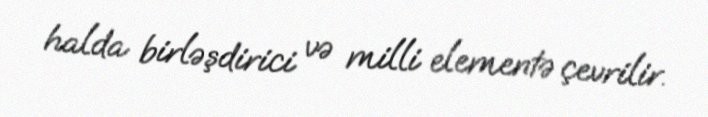
halda birləşdirici və milli elementə çevrilir.